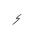
Letter: _hamza